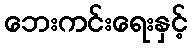
ဘေးကင်းရေးနှင့်